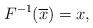
LaTeX: \begin{align*}F^{-1}(\overline{x})=x,\end{align*}